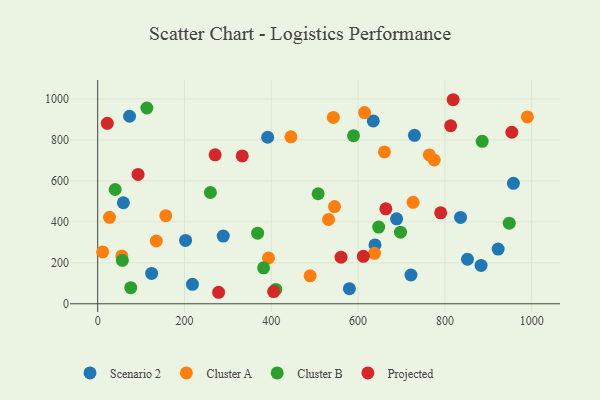
{"axis": {"x": "Investment", "y": "Sales"}, "legend": ["Cluster A", "Cluster B", "Projected", "Scenario 2"], "data": [{"x": "289.3", "y": 330.8, "type": "Scenario 2"}, {"x": "73.4", "y": 915.5, "type": "Scenario 2"}, {"x": "883.3", "y": 187.2, "type": "Scenario 2"}, {"x": "580.0", "y": 73.6, "type": "Scenario 2"}, {"x": "836.0", "y": 421.7, "type": "Scenario 2"}, {"x": "688.7", "y": 415.0, "type": "Scenario 2"}, {"x": "634.9", "y": 892.6, "type": "Scenario 2"}, {"x": "202.5", "y": 309.3, "type": "Scenario 2"}, {"x": "922.7", "y": 267.1, "type": "Scenario 2"}, {"x": "729.9", "y": 822.3, "type": "Scenario 2"}, {"x": "957.8", "y": 588.2, "type": "Scenario 2"}, {"x": "852.0", "y": 217.4, "type": "Scenario 2"}, {"x": "638.9", "y": 287.4, "type": "Scenario 2"}, {"x": "721.7", "y": 140.6, "type": "Scenario 2"}, {"x": "124.3", "y": 148.3, "type": "Scenario 2"}, {"x": "391.6", "y": 812.9, "type": "Scenario 2"}, {"x": "218.3", "y": 95.1, "type": "Scenario 2"}, {"x": "59.2", "y": 493.2, "type": "Scenario 2"}, {"x": "545.6", "y": 474.6, "type": "Cluster A"}, {"x": "135.0", "y": 306.6, "type": "Cluster A"}, {"x": "156.9", "y": 430.3, "type": "Cluster A"}, {"x": "445.2", "y": 815.1, "type": "Cluster A"}, {"x": "393.5", "y": 223.9, "type": "Cluster A"}, {"x": "489.5", "y": 136.4, "type": "Cluster A"}, {"x": "726.7", "y": 495.2, "type": "Cluster A"}, {"x": "55.6", "y": 233.5, "type": "Cluster A"}, {"x": "543.0", "y": 910.0, "type": "Cluster A"}, {"x": "990.0", "y": 912.3, "type": "Cluster A"}, {"x": "764.0", "y": 726.5, "type": "Cluster A"}, {"x": "531.9", "y": 411.4, "type": "Cluster A"}, {"x": "637.9", "y": 246.3, "type": "Cluster A"}, {"x": "11.4", "y": 253.0, "type": "Cluster A"}, {"x": "775.4", "y": 702.0, "type": "Cluster A"}, {"x": "614.9", "y": 933.5, "type": "Cluster A"}, {"x": "27.3", "y": 422.3, "type": "Cluster A"}, {"x": "660.6", "y": 741.5, "type": "Cluster A"}, {"x": "885.9", "y": 793.1, "type": "Cluster B"}, {"x": "410.5", "y": 70.0, "type": "Cluster B"}, {"x": "368.5", "y": 344.5, "type": "Cluster B"}, {"x": "56.9", "y": 212.1, "type": "Cluster B"}, {"x": "697.7", "y": 349.7, "type": "Cluster B"}, {"x": "40.3", "y": 558.0, "type": "Cluster B"}, {"x": "647.4", "y": 374.6, "type": "Cluster B"}, {"x": "507.9", "y": 537.2, "type": "Cluster B"}, {"x": "113.3", "y": 955.9, "type": "Cluster B"}, {"x": "259.7", "y": 543.3, "type": "Cluster B"}, {"x": "948.2", "y": 393.5, "type": "Cluster B"}, {"x": "382.3", "y": 175.5, "type": "Cluster B"}, {"x": "589.4", "y": 820.3, "type": "Cluster B"}, {"x": "76.2", "y": 78.9, "type": "Cluster B"}, {"x": "790.3", "y": 443.9, "type": "Projected"}, {"x": "612.1", "y": 231.6, "type": "Projected"}, {"x": "819.0", "y": 996.2, "type": "Projected"}, {"x": "560.7", "y": 227.4, "type": "Projected"}, {"x": "663.9", "y": 463.8, "type": "Projected"}, {"x": "333.1", "y": 721.7, "type": "Projected"}, {"x": "93.1", "y": 631.7, "type": "Projected"}, {"x": "813.2", "y": 869.2, "type": "Projected"}, {"x": "405.5", "y": 59.8, "type": "Projected"}, {"x": "954.1", "y": 837.3, "type": "Projected"}, {"x": "22.1", "y": 881.1, "type": "Projected"}, {"x": "270.6", "y": 727.4, "type": "Projected"}, {"x": "278.6", "y": 56.2, "type": "Projected"}]}